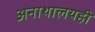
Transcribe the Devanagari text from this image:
अनाथालयही